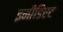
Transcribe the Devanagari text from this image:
इमीडिएट